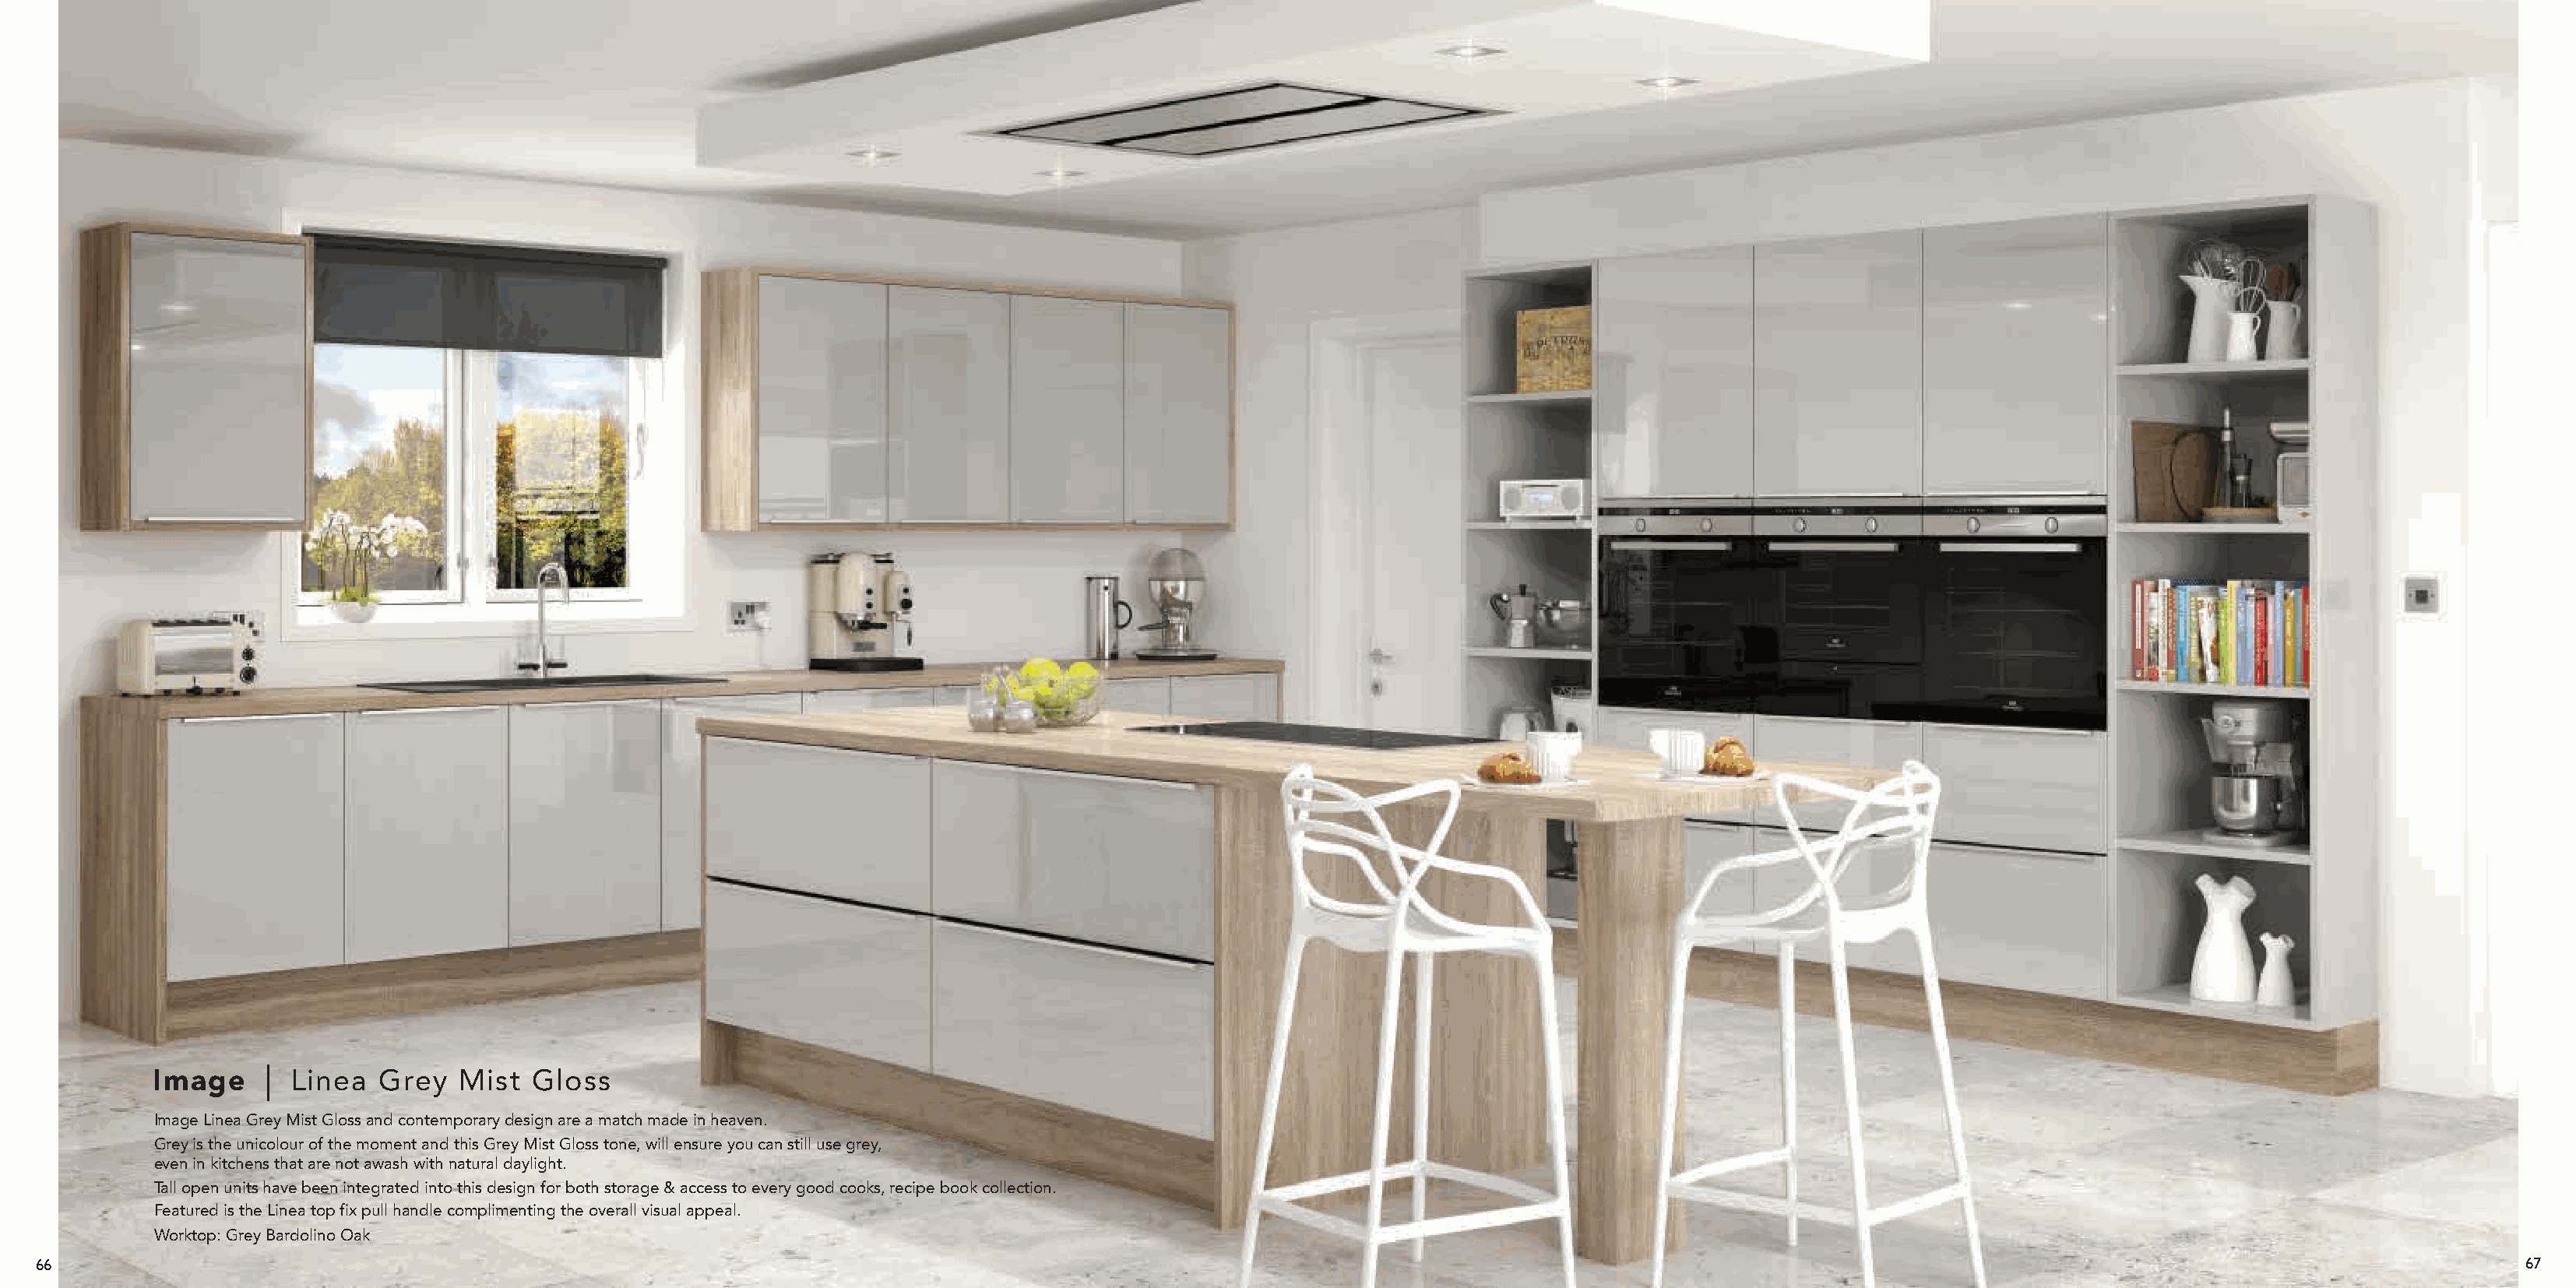
Image       Linea  Grey   Mist  Gloss
 Image Linea Grey Mist Gloss and contemporary design are a match made in heaven.
 Grey is the unicolour of the moment and this Grey Mist Gloss tone, will ensure you can still use grey,
 even in kitchens that are not awash with natural daylight.
 Tall open units have been integrated into this design for both storage & access to every good cooks, recipe book collection.
 Featured is the Linea top fix pull handle complimenting the overall visual appeal.
 Worktop: Grey Bardolino Oak
 66                                                                                                                                                                                                                  67